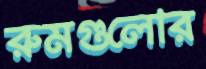
রুমগুলোর